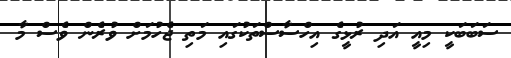
ސަބަބަކީ މިއީ އަދި ރުޅީގެ އިހްސާސްތަކުގައި މަތި ޖެހުމަށް ވުރެން ވެސް މާ